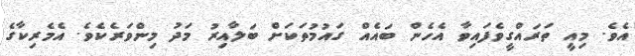
އެވެ. މިއީ ތަރައްގީވެފައިވާ އެހެން ބައެއް ގައުމުތަކަށް ބަލާއިރު މަދު މިންވަރެކެވެ. އެމެރިކާގެ